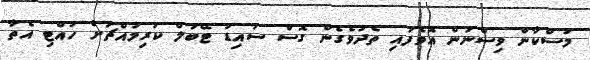
މުސްކާން ވިސްނަން އޮވެފައި ތެދުވެގެން ގޮސް ސައިޑު ޓޭބަލް ކުރިމައްޗަށް ހުއްޓި އެތާ